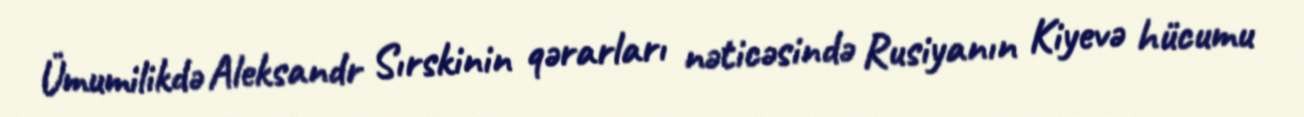
Ümumilikdə Aleksandr Sırskinin qərarları nəticəsində Rusiyanın Kiyevə hücumu